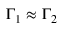
\Gamma _ { 1 } \approx \Gamma _ { 2 }